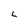
Character: L